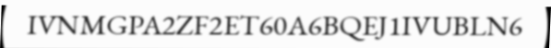
IVNMGPA2ZF2ET60A6BQEJ1IVUBLN6